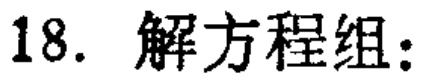
18. 解方程组：